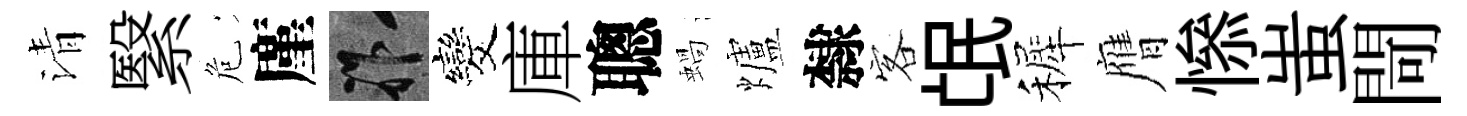
清繄危廑祚发庫聰蝸爐隸客氓裤膺𢡖蚩閜